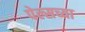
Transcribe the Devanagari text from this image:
पेल्सच्या